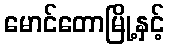
မောင်တောမြို့နှင့်